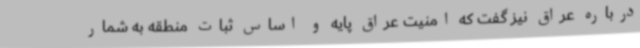
درباره عراق نیز گفت که امنیت عراق پایه و اساس ثبات منطقه به شمار